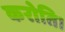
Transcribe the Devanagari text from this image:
करोति।